Vaccination in Bombay 1924-1928 - 1924-1928
Year: 1924
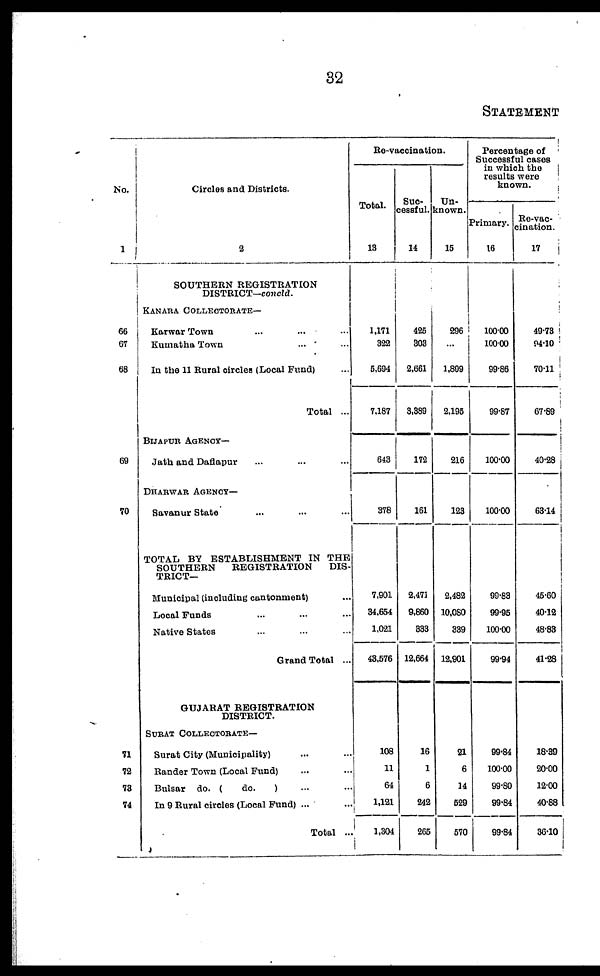
32
STATEMENT
No.
1
66
67
68
69
70
71
72
73
74
Circles and Districts.
2
SOUTHERN REGISTRATION
DISTRICT—concld.
KANARA COLLECTORATE—
Karwar Town ... ... ...
Kumatha Town ... ...
In the 11 Rural circles (Local Fund) ...
Total ...
BIJAPUR AGENCY—
Jath and Daflapur ... ... ...
DHARWAR AGENCY—
Savanur State ... ... ...
TOTAL BY ESTABLISHMENT IN THE
SOUTHERN
REGISTRATION
DIS-
TRICT—
Municipal (including cantonment) ...
Local Funds ... ... ...
Native States ... ... ...
Grand Total ...
GUJARAT REGISTRATION
DISTRICT.
SURAT COLLECTORATE—
Surat City (Municipality) ... ...
Rander Town (Local Fund) ... ...
Bulsar do. (
do.
) ... ...
In 9 Rural circles (Local Fund) ... ...
Total ...
Re-vaccination.
Total.
13
1,171
322
5,694
7,187
643
378
7,901
34,654
1,021
43,576
108
11
64
1,121
1,304
Suc-
cessful.
14
425
303
2,661
3,389
172
161
2,471
9,860
333
12,664
16
1
6
242
265
Un-
known.
15
296
...
1,899
2,195
216
123
2,482
10,080
339
12,901
21
6
14
529
570
Percentage of
Successful cases
in which the
results were
known.
Primary.
16
100.00
100.00
99.86
99.87
100.00
100.00
99.83
99.95
100.00
99.94
99.84
100.00
99.80
99.84
99.84
Re-vac-
cination.
17
49.73
94.10
70.11
67.89
40.28
63.14
45.60
40.12
48.83
41.28
18.39
20.00
12.00
40.88
36.10